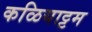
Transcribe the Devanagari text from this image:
कळियाट्टम